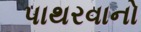
પાથરવાનો